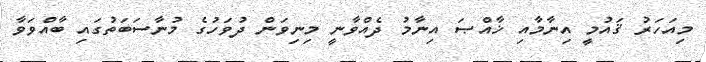
މިއަހަރު ޤައުމީ އިނާމާއި ޚާއްޞަ އިނާމު ދެއްވާނީ މިނިވަން ދުވަހުގެ މުނާސަބަތުގައި ބާއްވަވާ